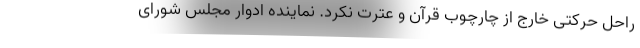
راحل حرکتی خارج از چارچوب قرآن و عترت نکرد. نماینده ادوار مجلس شورای